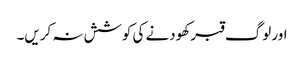
اور لوگ قبر کھودنے کی کوشش نہ کریں۔